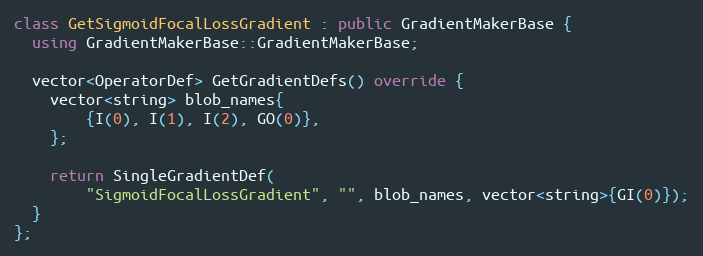
Language: C++
class GetSigmoidFocalLossGradient : public GradientMakerBase {
  using GradientMakerBase::GradientMakerBase;

  vector<OperatorDef> GetGradientDefs() override {
    vector<string> blob_names{
        {I(0), I(1), I(2), GO(0)},
    };

    return SingleGradientDef(
        "SigmoidFocalLossGradient", "", blob_names, vector<string>{GI(0)});
  }
};